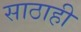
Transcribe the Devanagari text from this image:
साठाही